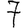
Digit: 7